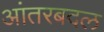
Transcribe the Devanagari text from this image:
आंतरबदल